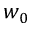
w _ { 0 }